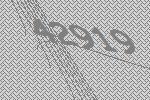
42919